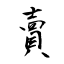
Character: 賣